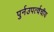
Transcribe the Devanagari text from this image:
पुर्नउपर्त्वचीय